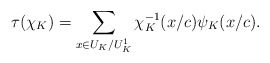
\begin{align*} \tau(\chi_K)=\sum_{x\in U_K/U_{K}^{1}}\chi_{K}^{-1}(x/c)\psi_K(x/c).\end{align*}